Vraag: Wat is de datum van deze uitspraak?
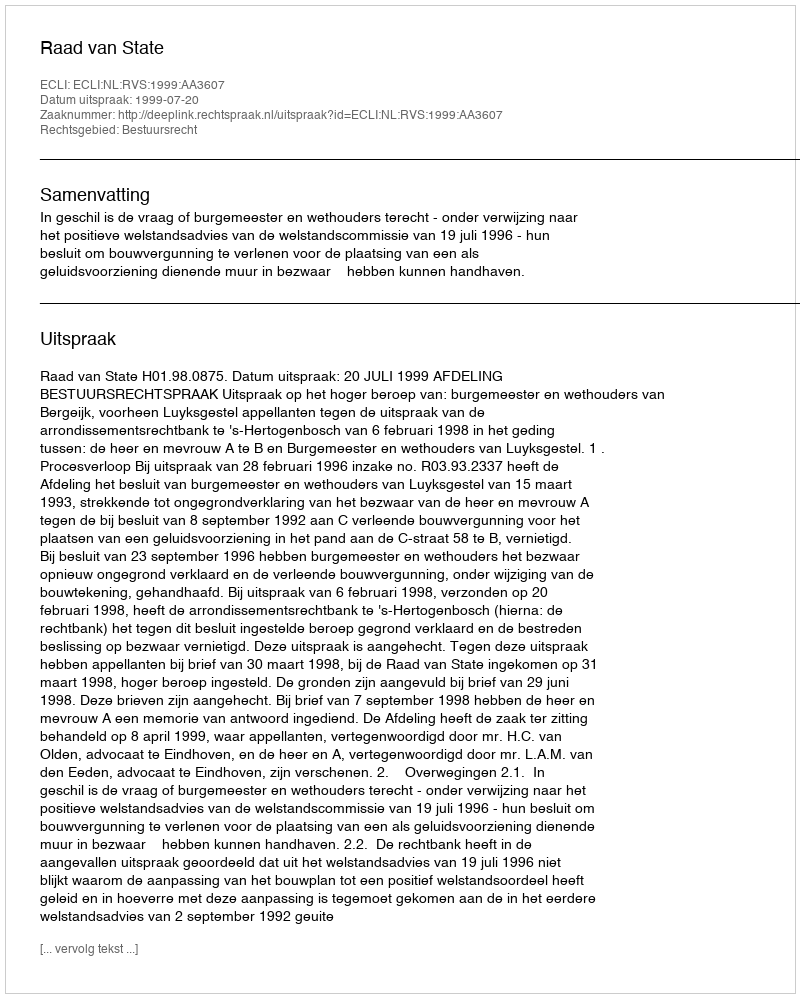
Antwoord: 1999-07-20